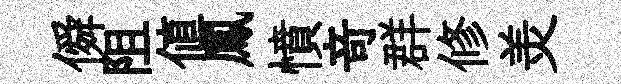
僢阻值鳳憤竒群修羙